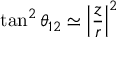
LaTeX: \tan ^ { 2 } \theta _ { 1 2 } \simeq \left| \frac { z } { r } \right| ^ { 2 }